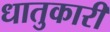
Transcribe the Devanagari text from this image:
धातुकारी